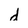
Character: d